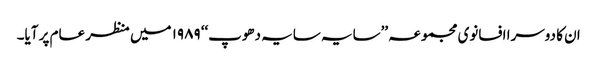
ان کا دوسرا افسانوی مجموعہ ’’سایہ سایہ دھوپ‘‘ ۱۹۸۹ میں منظر عام پر آیا۔